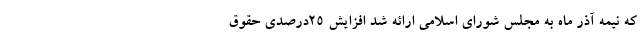
که نیمه آذر ماه به مجلس شورای اسلامی ارائه شد افزایش 25درصدی حقوق